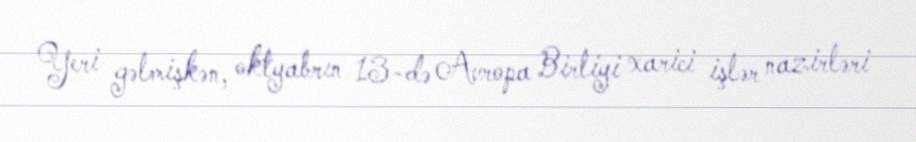
Yeri gəlmişkən, oktyabrın 13-də Avropa Birliyi xarici işlər nazirləri